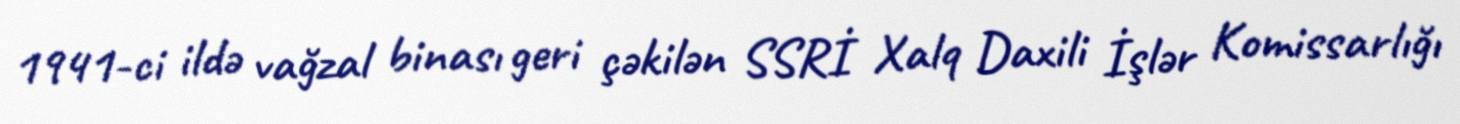
1941-ci ildə vağzal binası geri çəkilən SSRİ Xalq Daxili İşlər Komissarlığı